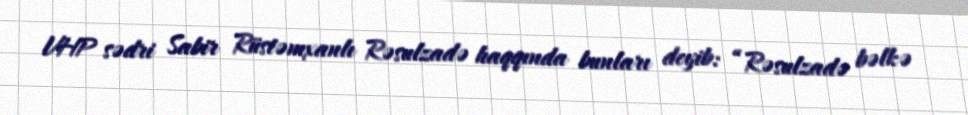
VHP sədri Sabir Rüstəmxanlı Rəsulzadə haqqında bunları deyib: “Rəsulzadə bəlkə